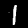
Digit: 1